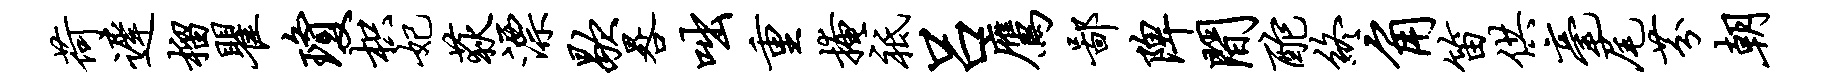
荷迟榴瞿琼枳妃荻漂歇晷咄重掩祗吕鹰鄙陴间酡终角笛供毫尾芬朝